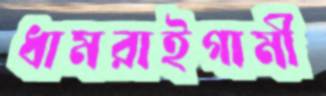
ধামরাইগামী